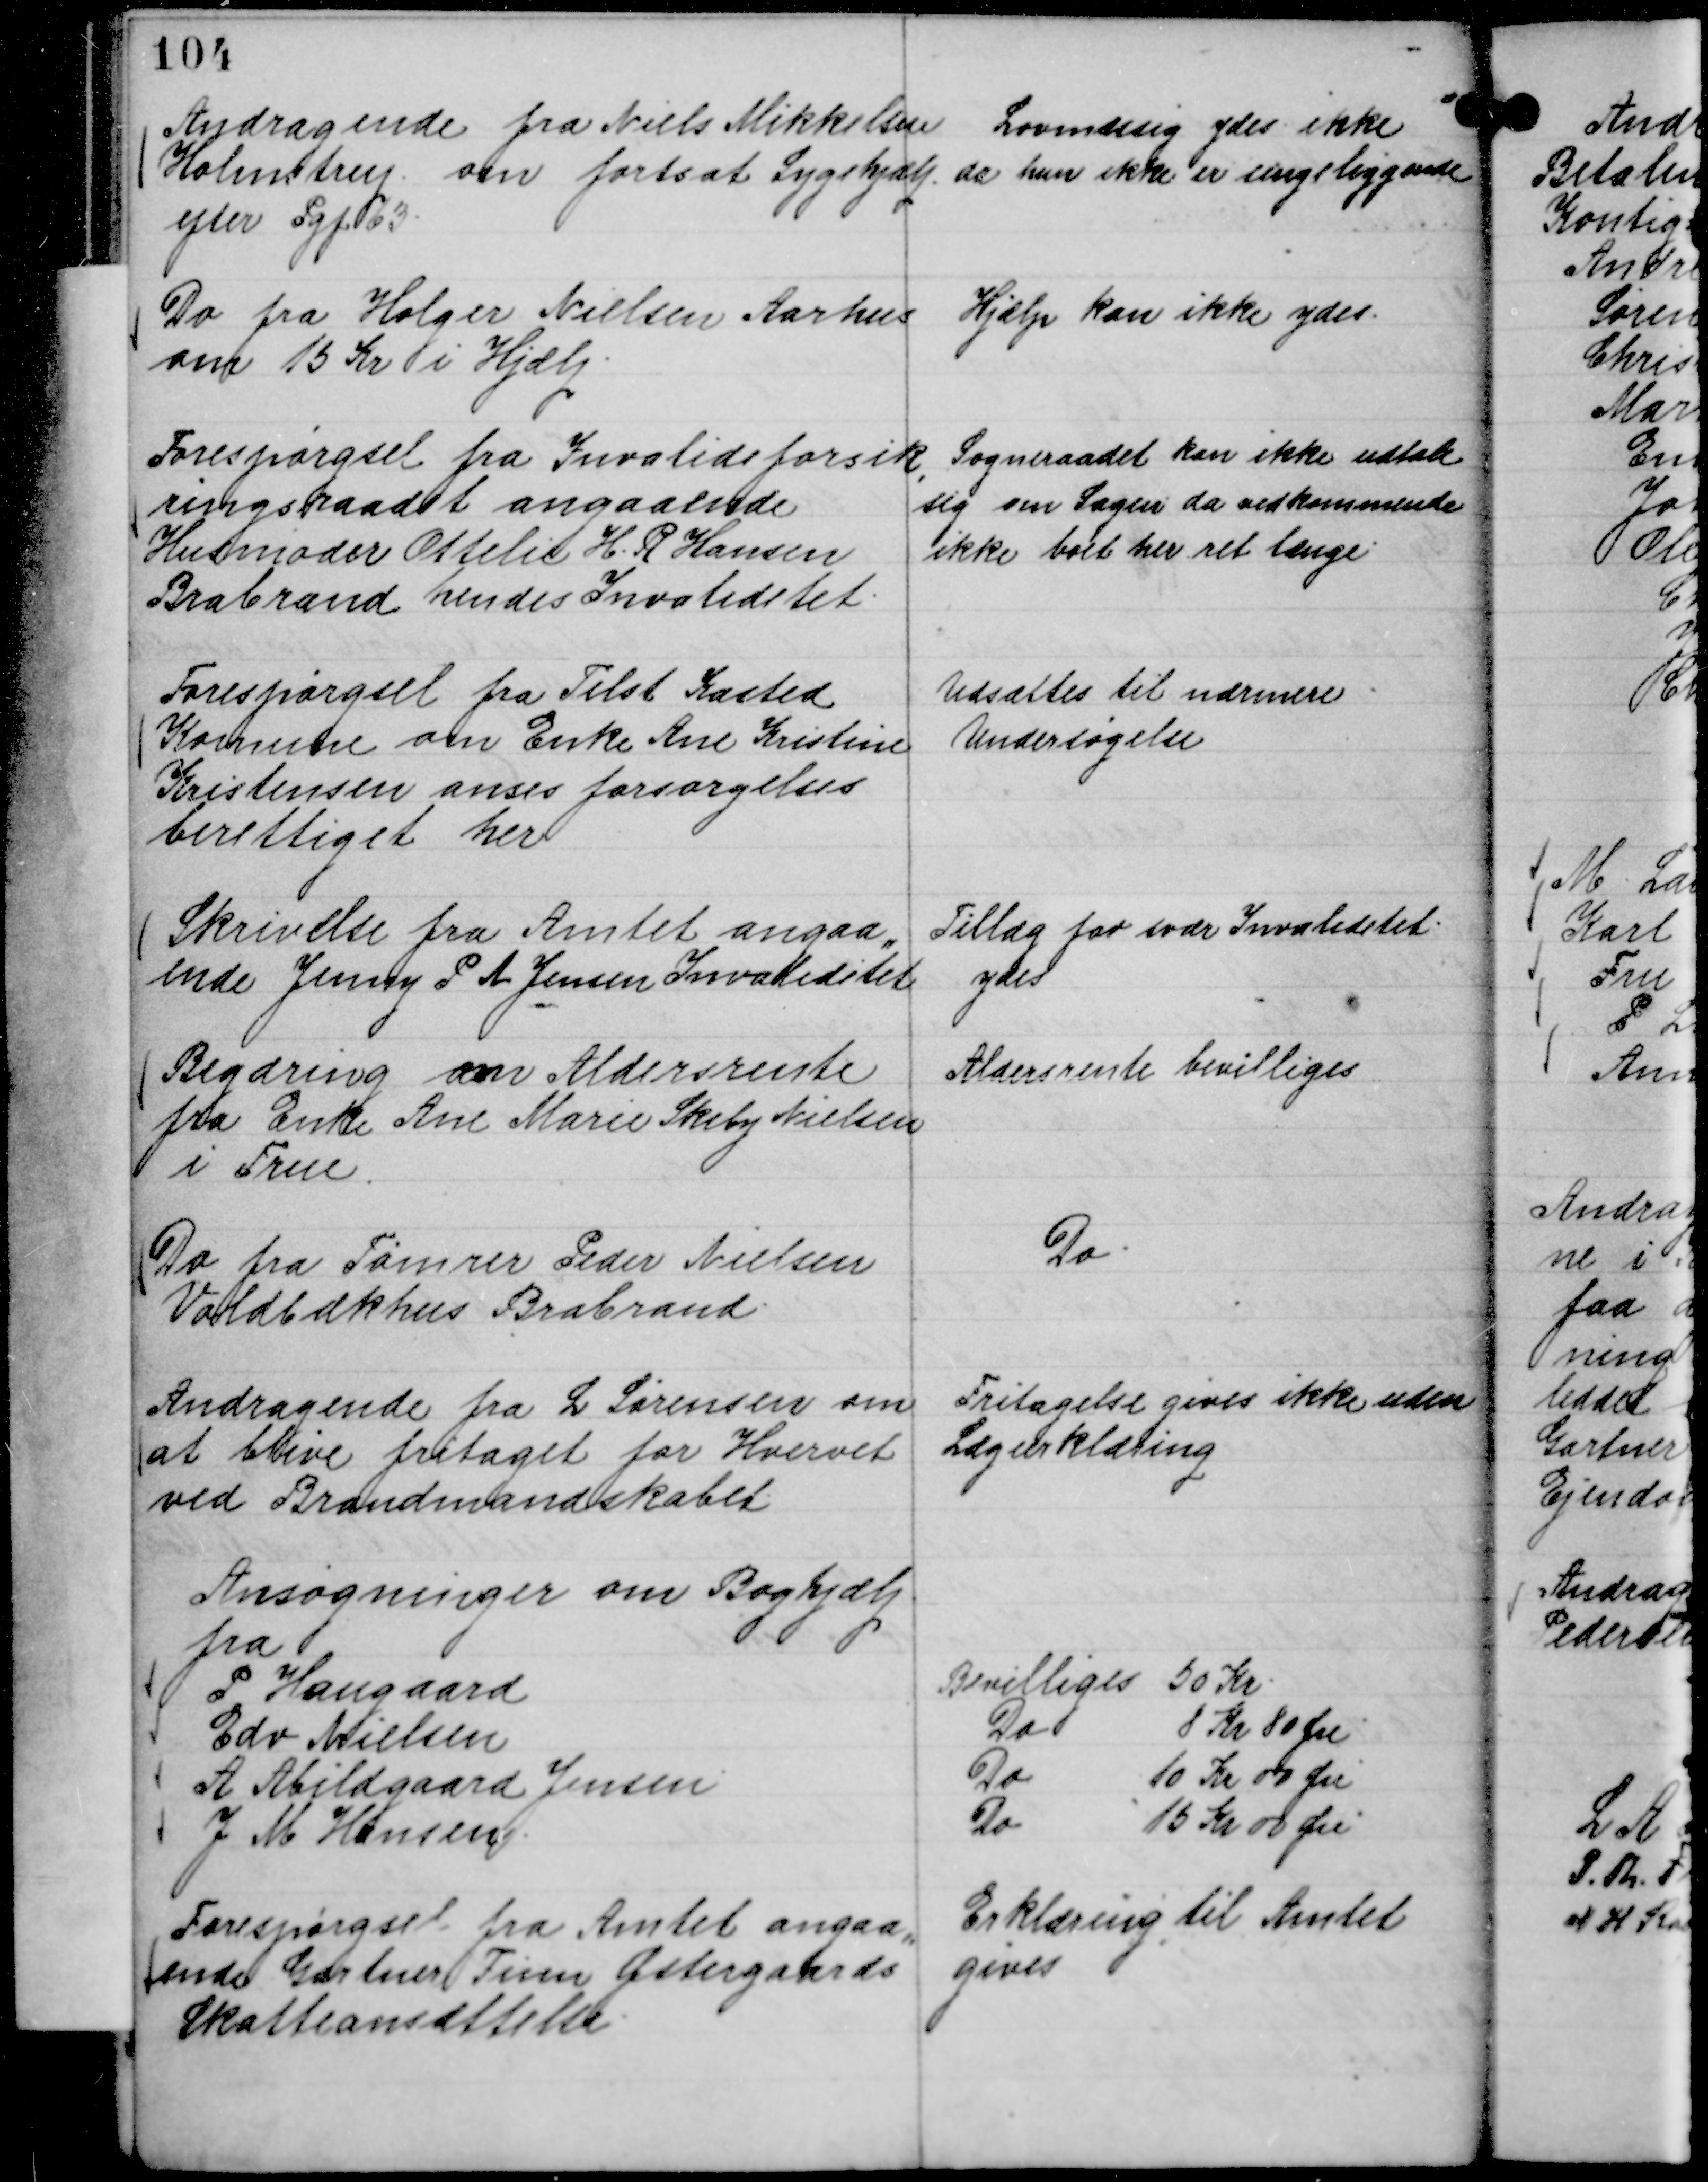
Transskription:
Andragende fra Niels Mikkelsen
Holmstrup om fortsat Sygehjælp
efter Pgf 63.

Lovmæssig ydes ikke
da hun ikke er sengeliggende

Do fra Holger Nielsen Aarhus
om 15 Kr i Hjælp.

Hjælp kan ikke ydes.

Forespørgsel fra Invalideforsik,
ringsraadet angaaende
Husmoder Ottelie H. R Hansen
Brabrand hendes Invaliditet.

Sogneraadet kan ikke udtale
sig om Sagen da vedkommende
ikke boet her ret længe.

Forespørgsel fra Tilst Kasted
Komune om Enke Ane Kristine
Kristensen anses forsørgelses
berettiget her

Udsættes til nærmere
Undersøgelse

Skrivelse fra Amtet angaa,,
ende Jenny P A Jensen Invaliditet

Tillæg for svær Invaliditet
ydes

Begæring om Aldersrente
fra Enke Ane Marie Skiby Nielsen
i True.

Aldersrente bevilliges

Do fra Tømrer Peder Nielsen
Voldbækhus Brabrand.

Do.

Andragende fra L Sørensen om
at blive fritaget for Hvervet
ved Brandmandskabet.

Fritagelse gives ikke uden
Lægeerklæring

Ansøgninger om Boghjælp
fra
P Haugaard
Bevilliges 50 Kr.
Edv Nielsen
Do
8 Kr 80 Øre
A Abildgaard Jensen
Do
10 Kr 00 Øre
J M Hansen.
Do
15 Kr 00 Øre

Forespørgsel fra Amtet angaa,,
ende Gartner Finn Østergaards
Skatteansættelse.

Erklæring til Amtet
gives